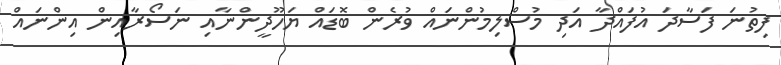
ފިތުނަ ފަސާދަ އުފައްދާ އަދި މުސްލިމުންނައް ވުރެން ބޮޑައް ޔަހޫދީންނާއި ނަސޯރާއިން އިންނައް